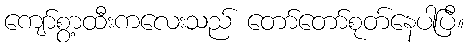
ကျော်စွာ့ထီးကလေးသည် တော်တော်စုတ်နေပါပြီ။